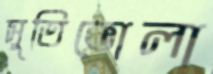
সুতিভোলা